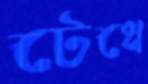
টেধে